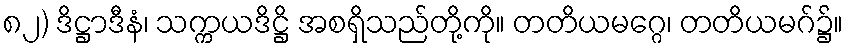
၈၂) ဒိဋ္ဌာဒီနံ၊ သက္ကယဒိဋ္ဌိ အစရှိသည်တို့ကို။ တတိယမဂ္ဂေ၊ တတိယမဂ်၌။